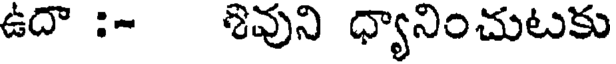
ఉదా :- శివుని ధ్యానించుటకు